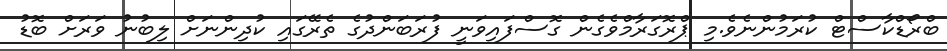
ބްރޯޑްކާސްޓް ކުރަމުންނެވެ.މި ޕްރޮގަރާމްވެގެން ގޮސްފައިވަނީ ފުރަބަންދުގެ ތެރޭގައި ކުދިންނަށް ލިބުނު ވަރަށް ބޮޑު